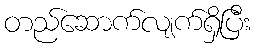
တည်ဆောက်လျက်ရှိပြီး